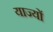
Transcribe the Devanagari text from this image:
याज्यों